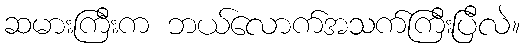
ဆမားကြီးက ဘယ်လောက်အသက်ကြီးပြီလဲ။